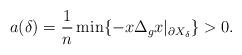
LaTeX: \begin{align*}a(\delta)=\frac{1}{n}\min\{-x\Delta_gx|_{\partial X_\delta}\}>0.\end{align*}